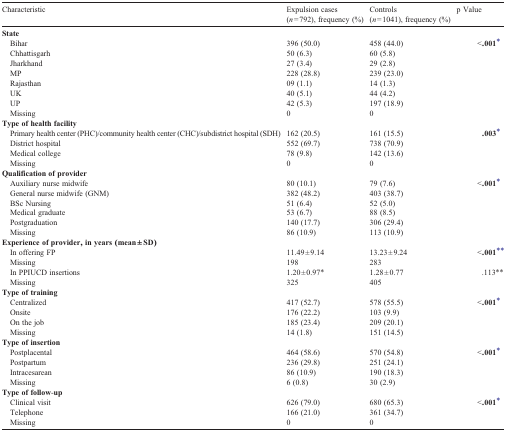
<table><thead><tr><td><b>Characteristic</b></td><td><b>Expulsion cases(<i>n</i> = 792), frequency (%)</b></td><td><b>Controls(<i>n</i> = 1041), frequency (%)</b></td><td><b>p Value</b></td></tr></thead><tbody><tr><td><b>State</b></td><td></td><td></td><td></td></tr><tr><td> Bihar</td><td>396 (50.0)</td><td>458 (44.0)</td><td><b>&lt;.001</b>⁎</td></tr><tr><td> Chhattisgarh</td><td>50 (6.3)</td><td>60 (5.8)</td><td></td></tr><tr><td> Jharkhand</td><td>27 (3.4)</td><td>29 (2.8)</td><td></td></tr><tr><td> MP</td><td>228 (28.8)</td><td>239 (23.0)</td><td></td></tr><tr><td> Rajasthan</td><td>09 (1.1)</td><td>14 (1.3)</td><td></td></tr><tr><td> UK</td><td>40 (5.1)</td><td>44 (4.2)</td><td></td></tr><tr><td> UP</td><td>42 (5.3)</td><td>197 (18.9)</td><td></td></tr><tr><td> Missing</td><td>0</td><td>0</td><td></td></tr><tr><td><b>Type of health facility</b></td><td></td><td></td><td></td></tr><tr><td> Primary health center (PHC)/community health center (CHC)/subdistrict hospital (SDH)</td><td>162 (20.5)</td><td>161 (15.5)</td><td><b>.003</b>⁎</td></tr><tr><td> District hospital</td><td>552 (69.7)</td><td>738 (70.9)</td><td></td></tr><tr><td> Medical college</td><td>78 (9.8)</td><td>142 (13.6)</td><td></td></tr><tr><td> Missing</td><td>0</td><td>0</td><td></td></tr><tr><td><b>Qualification of provider</b></td><td></td><td></td><td></td></tr><tr><td> Auxiliary nurse midwife</td><td>80 (10.1)</td><td>79 (7.6)</td><td><b>&lt;.001</b>⁎</td></tr><tr><td> General nurse midwife (GNM)</td><td>382 (48.2)</td><td>403 (38.7)</td><td></td></tr><tr><td> BSc Nursing</td><td>51 (6.4)</td><td>52 (5.0)</td><td></td></tr><tr><td> Medical graduate</td><td>53 (6.7)</td><td>88 (8.5)</td><td></td></tr><tr><td> Postgraduation</td><td>140 (17.7)</td><td>306 (29.4)</td><td></td></tr><tr><td> Missing</td><td>86 (10.9)</td><td>113 (10.9)</td><td></td></tr><tr><td><b>Experience of provider, in years (mean ± SD)</b></td><td></td><td></td><td></td></tr><tr><td> In offering FP</td><td>11.49 ± 9.14</td><td>13.23 ± 9.24</td><td><b>&lt;.001</b>⁎⁎</td></tr><tr><td> Missing</td><td>198</td><td>283</td><td></td></tr><tr><td> In PPIUCD insertions</td><td>1.20 ± 0.97⁎</td><td>1.28 ± 0.77</td><td>.113⁎⁎</td></tr><tr><td> Missing</td><td>325</td><td>405</td><td></td></tr><tr><td><b>Type of training</b></td><td></td><td></td><td></td></tr><tr><td> Centralized</td><td>417 (52.7)</td><td>578 (55.5)</td><td><b>&lt;.001</b>⁎</td></tr><tr><td> Onsite</td><td>176 (22.2)</td><td>103 (9.9)</td><td></td></tr><tr><td> On the job</td><td>185 (23.4)</td><td>209 (20.1)</td><td></td></tr><tr><td> Missing</td><td>14 (1.8)</td><td>151 (14.5)</td><td></td></tr><tr><td><b>Type of insertion</b></td><td></td><td></td><td></td></tr><tr><td> Postplacental</td><td>464 (58.6)</td><td>570 (54.8)</td><td><b>&lt;.001</b>⁎</td></tr><tr><td> Postpartum</td><td>236 (29.8)</td><td>251 (24.1)</td><td></td></tr><tr><td> Intracesarean</td><td>86 (10.9)</td><td>190 (18.3)</td><td></td></tr><tr><td> Missing</td><td>6 (0.8)</td><td>30 (2.9)</td><td></td></tr><tr><td><b>Type of follow</b>-<b>up</b></td><td></td><td></td><td></td></tr><tr><td> Clinical visit</td><td>626 (79.0)</td><td>680 (65.3)</td><td><b>&lt;.001</b>⁎</td></tr><tr><td> Telephone</td><td>166 (21.0)</td><td>361 (34.7)</td><td></td></tr><tr><td> Missing</td><td>0</td><td>0</td><td></td></tr></tbody></table>